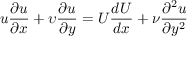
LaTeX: u { \frac { \partial u } { \partial x } } + \upsilon { \frac { \partial u } { \partial y } } = U { \frac { d U } { d x } } + { \nu } { \frac { \partial ^ { 2 } u } { \partial y ^ { 2 } } }